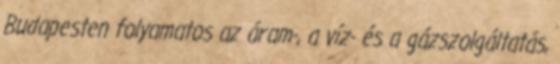
Budapesten folyamatos az áram-, a víz- és a gázszolgáltatás,